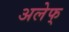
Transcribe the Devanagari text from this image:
अलेफ्